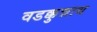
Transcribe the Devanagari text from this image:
वडक्कुन्नाथ